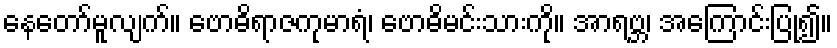
နေတော်မူလျက်။ ဗောဓိရာဇကုမာရံ၊ ဗောဓိမင်းသားကို။ အာရဗ္ဘ၊ အကြောင်းပြု၍။